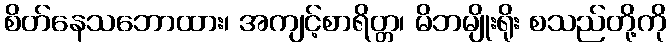
စိတ်နေသဘောထား၊ အကျင့်စာရိတ္တ၊ မိဘမျိုးရိုး စသည်တို့ကို